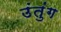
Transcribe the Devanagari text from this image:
उंतुंग